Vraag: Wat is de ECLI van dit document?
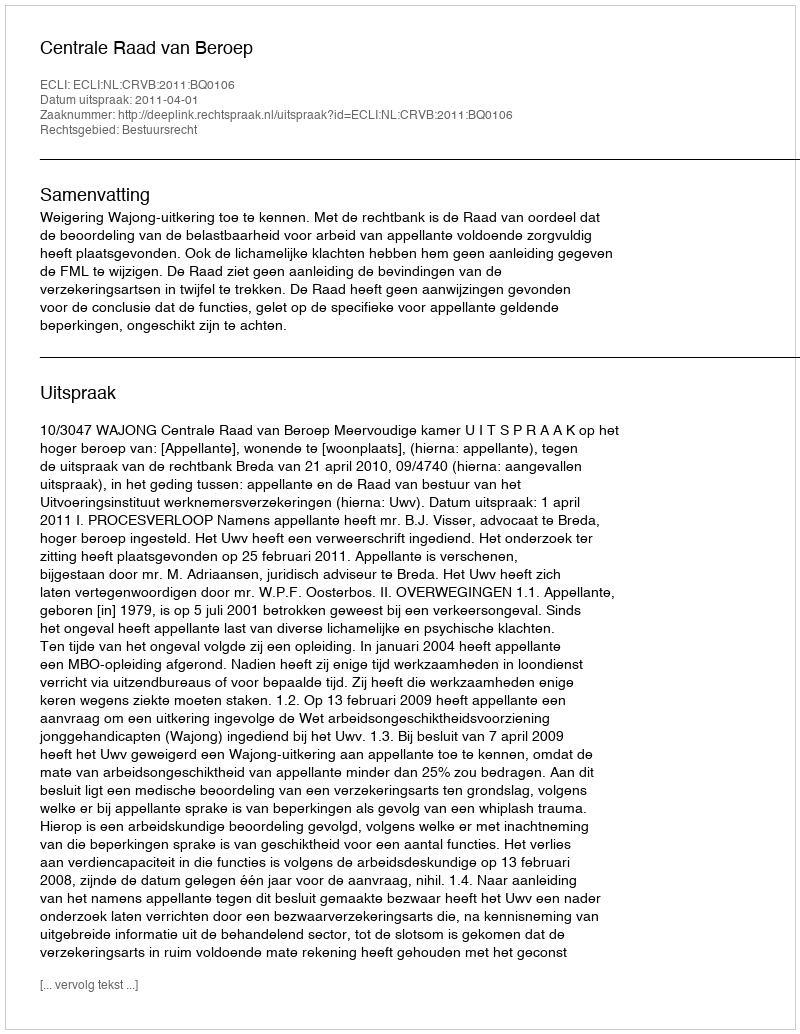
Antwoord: ECLI:NL:CRVB:2011:BQ0106